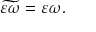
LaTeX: \widetilde { \varepsilon \omega } = \varepsilon \omega .